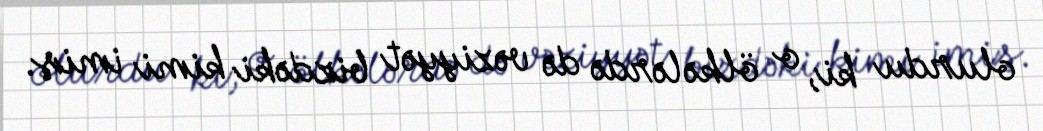
olurdu ki, o ölkələrdə də vəziyyət bizdəki kimi imiş.